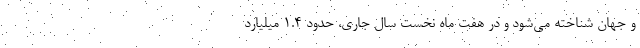
و جهان شناخته می‌شود و در هفت ماه نخست سال جاری، حدود ۱.۴ میلیارد